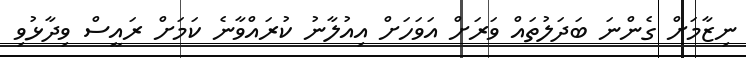
ނިޒާމަށް ގެންނަ ބަދަލުތައް ވަރަށް އަވަހަށް އިއުލާނު ކުރައްވާނެ ކަމަށް ރައީސް ވިދާޅުވި